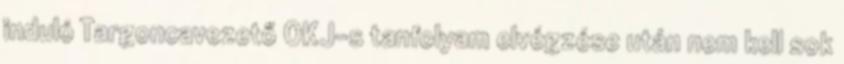
induló Targoncavezető OKJ-s tanfolyam elvégzése után nem kell sok